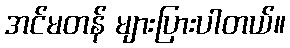
အင်မတန် များပြားပါတယ်။